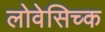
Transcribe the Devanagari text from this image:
लोवेसिच्क